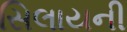
સિલાયની